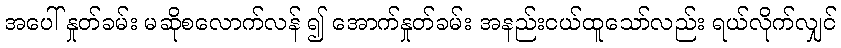
အပေါ် နှုတ်ခမ်း မဆိုစလောက်လန် ၍ အောက်နှုတ်ခမ်း အနည်းငယ်ထူသော်လည်း ရယ်လိုက်လျှင်